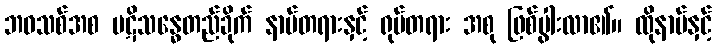
ဘဝသစ်အစ ပဋိသန္ဓေတည်ခိုက် နာမ်တရားနှင့် ရုပ်တရား အစု ဖြစ်ပွါးလာ၏။ ထိုနာမ်နှင့်